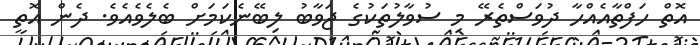
އޮތް ހަފްތާއެއްހާ ދުވަސްތެރޭ މި ސުވާލުތަކުގެ ޖަވާބު ލިބޭނެކަމަށް ބެލެވެއެވެ. ދެން އޮތީ